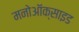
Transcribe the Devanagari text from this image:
मनोऑक्‍साइड